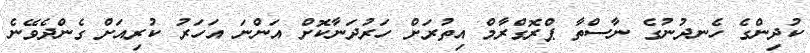
ކުދިންގެ ހެނދުނުގެ ނާސްތާ ޕްރޮގްރާމް އިތުރަށް ހަރުދަނާކޮށް އަންނަ އަހަރު ކުރިއަށް ގެންދެވޭނެ